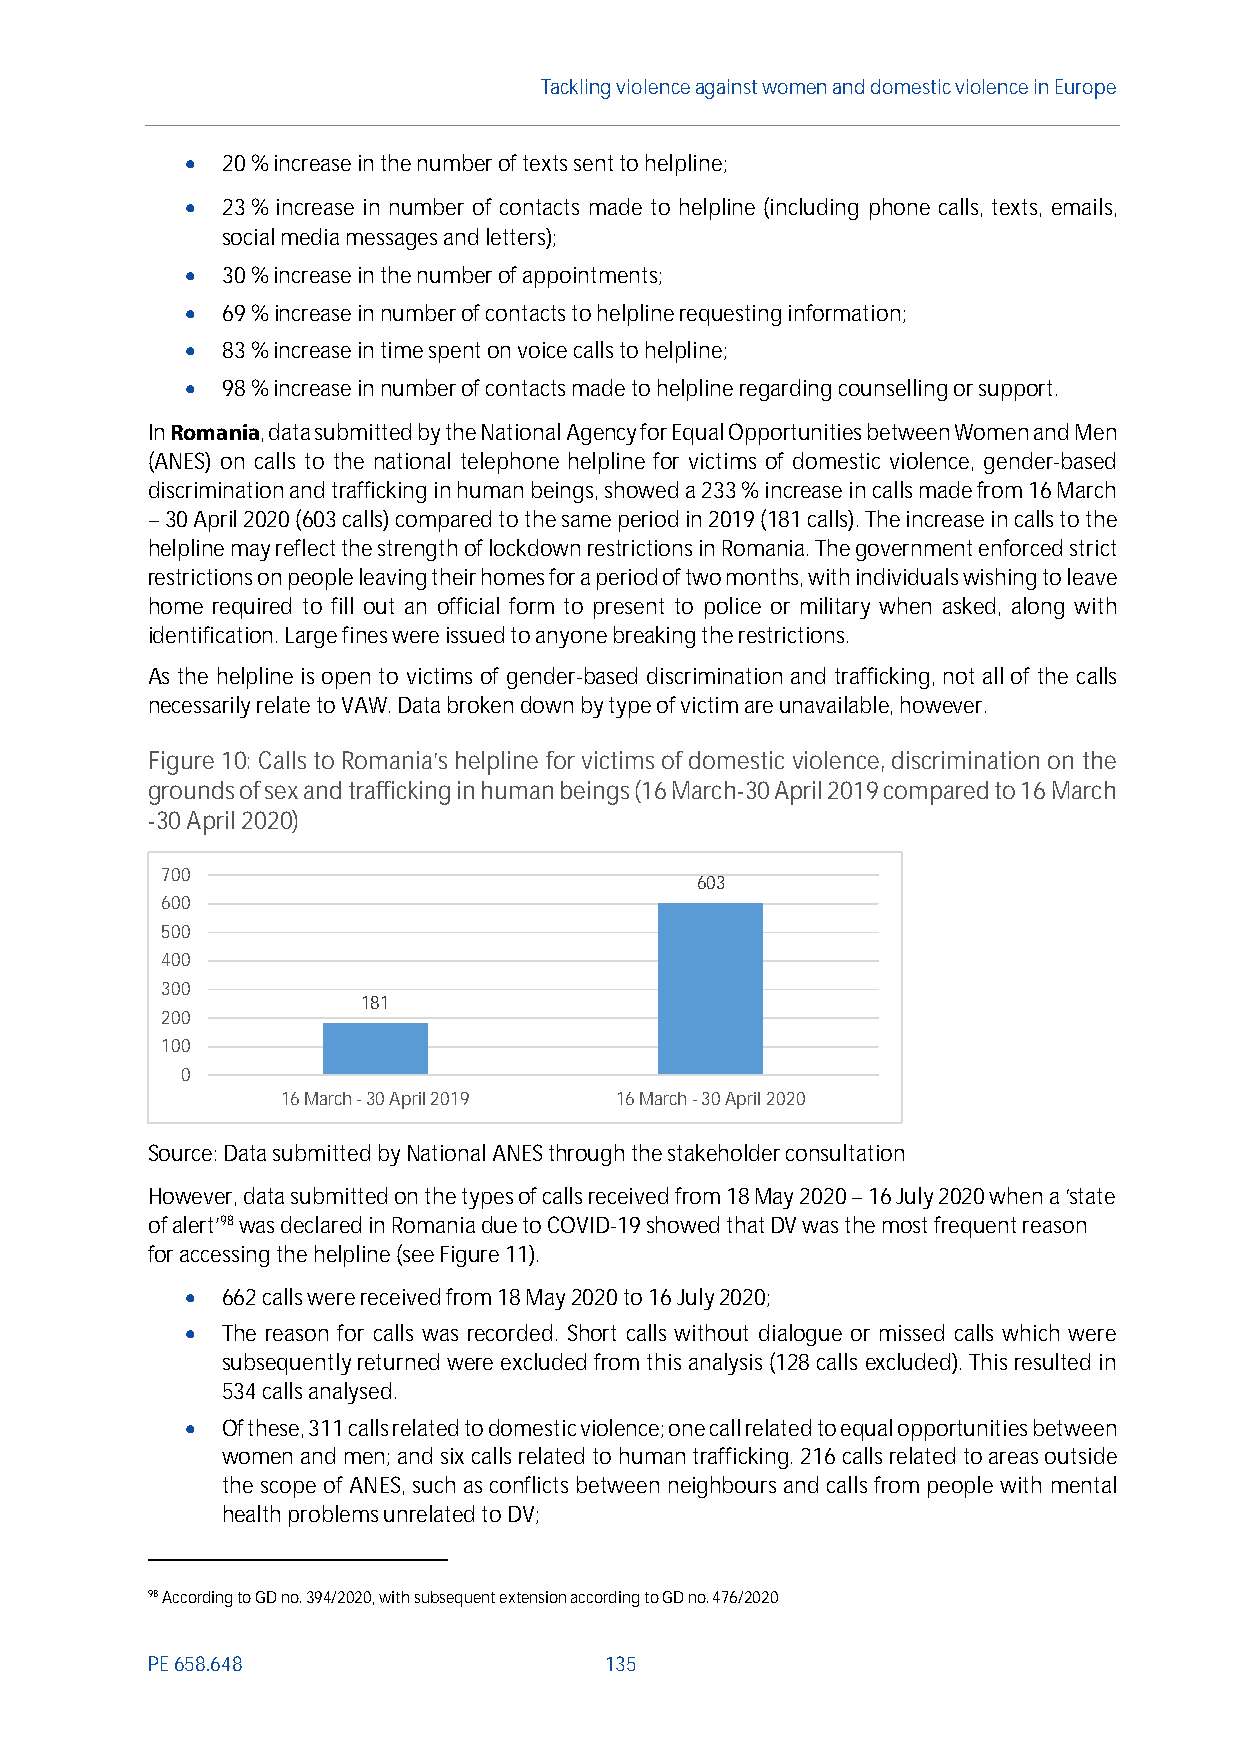
Tackling violenceagainst women and domestic violence in Europe
   20% increase in the number of texts sent to helpline;
   23% increase in number of contacts made to helpline (including phone calls, texts, emails,
 social media messages and letters);
   30% increase in the number of appointments;
   69%increase in number of contacts to helpline requesting information;
   83% increase in time spent on voice calls to helpline;
   98% increase in number of contacts made to helpline regarding counselling or support.
 InRomania, data submitted by the National Agency for Equal Opportunities between Women and Men
 (ANES) on calls to the national telephone helpline for victims of domestic violence, gender-based
 discrimination and trafficking in human beings, showed a 233% increase in calls made from 16 March
 –30 April 2020 (603 calls) compared to the same period in 2019 (181 calls). The increase in calls to the
 helpline may reflect the strength of lockdown restrictions in Romania. The government enforced strict
 restrictions on people leaving their homes for a periodof two months, with individuals wishing to leave
 home required to fill out an official form to present to police or military when asked, along with
 identification. Large fines were issued to anyone breaking the restrictions.
 As the helpline is open to victims of gender-based discrimination and trafficking, not all of the calls
 necessarily relate to VAW. Data broken down by type of victim are unavailable, however.
 Figure 10: Calls to Romania’s helpline for victims of domestic violence, discrimination on the
 grounds of sex and trafficking in human beings (16 March-30 April 2019 compared to 16 March
 -30 April 2020)
 700
 603
 600
 500
 400
 300
 181
 200
 100
 0
 16 March - 30 April 2019 16 March - 30 April 2020
 Source: Data submitted byNational ANESthrough the stakeholder consultation
 However, data submitted on the typesof calls received from18May 2020–16July2020 when a‘state
 ofalert’98was declared in Romaniadue to COVID-19showed thatDV was the most frequent reason
 for accessing the helpline (seeFigure 11).
   662 calls were received from 18 May 2020 to 16 July2020;
   The reason for calls was recorded. Short calls without dialogue or missed calls which were
 subsequentlyreturned were excluded from this analysis (128 callsexcluded). This resulted in
 534 calls analysed.
   Of these, 311 calls related to domesticviolence; one call related to equal opportunities between
 women and men; and six calls related to human trafficking. 216 calls related to areas outside
 the scope of ANES, such as conflicts between neighbours and calls from people with mental
 health problems unrelated to DV;
 98According to GD no. 394/2020, with subsequent extension according to GD no. 476/2020
 PE658.648                     135